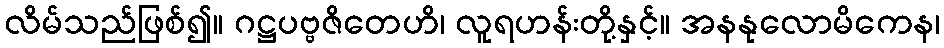
လိမ်သည်ဖြစ်၍။ ဂဋ္ဌပဗ္ဗဇိတေဟိ၊ လူရဟန်းတို့နှင့်။ အနနုလောမိကေန၊